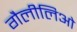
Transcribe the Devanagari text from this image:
गैलीलिओ